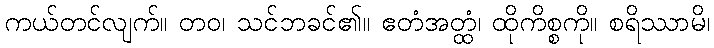
ကယ်တင်လျက်။ တဝ၊ သင်ဘခင်၏။ ဧတံအတ္ထံ၊ ထိုကိစ္စကို။ စရိဿာမိ၊